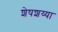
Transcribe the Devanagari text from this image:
शेषशय्या